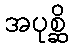
အပုစ္ဆိ